Vaccine operations Central Provinces 1900-1911 - 1900-1911
Year: 1900
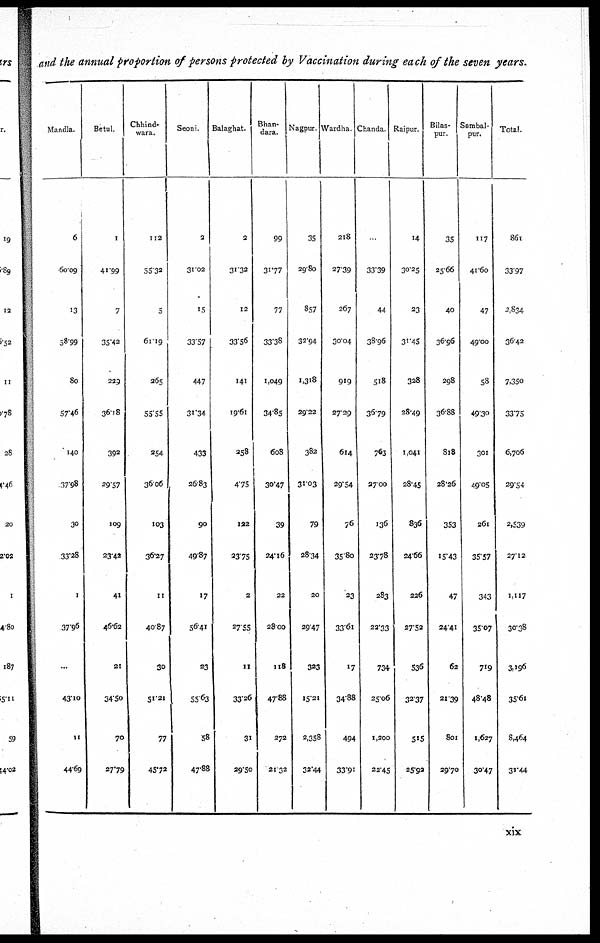
and the annual proportion of persons protected by Vaccination during each of the seven years.
Mandla.
6
60.09
13
58.99
80
57.46
140
37.98
30
33.28
1
37.96
...
43.10
11
44.69
Betul.
1
41.99
7
35.42
229
36.18
392
29.57
109
23.42
41
46.62
21
34.50
70
27.79
Chhind¬
wara.
112
55.32
5
61.19
265
55.55
254
36.06
103
36.27
11
40.87
30
51.21
77
45.72
Seoni.
2
31.02
15
33.57
447
31.34
433
26.83
90
49.87
17
56.41
23
55.03
58
47.88
Balaghat.
2
31.32
12
33.56
141
19.61
258
4.75
132
23.75
2
27.55
11
33.26
31
29.50
Bhan¬
dara.
99
31.77
77
33.38
1,049
34.85
608
30.47
39
24.16
22
28.00
118
47.88
272
21.32
Nagpur.
35
29.80
857
32.94
1,318
29.22
382
31.03
79
28.34
20
29.47
323
15.21
2,358
32.44
Wardha
218
27.39
267
30.04
919
27.29
614
29.54
76
35.80
23
33.61
17
34.88
494
33.91
Chanda
33.39
44
38.96
518
36.79
763
27.00
136
23.78
283
22.33
734
25.06
1,200
22.45
Raipur.
14
30.25
23
31.45
328
28.49
1,041
28.45
836
24.66
226
27.52
536
32.37
515
25.92
Bilas¬
pur.
35
25.66
40
36.96
298
36.88
818
28.26
353
15.43
47
24.41
62
21.39
801
29.70
Sambal¬
pur.
117
41.60
47
49.00
58
49.30
301
49.05
261
35.57
343
35.07
719
48.48
1,627
30.47
Total.
861
33.97
2,834
36.42
7,350
33.75
6,706
29.54
2,539
27.12
1,117
30.38
3,196
35.61
8,464
31.44
xix